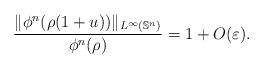
LaTeX: \begin{align*}\dfrac{\|\phi^n (\rho(1+u)) \|_{L^{\infty}(\mathbb{S}^n)}}{\phi^n(\rho)} = 1+ O(\varepsilon). \end{align*}